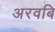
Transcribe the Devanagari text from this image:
अरवबि